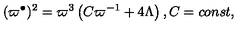
( \varpi ^ { \bullet } ) ^ { 2 } = \varpi ^ { 3 } \left( C \varpi ^ { - 1 } + 4 \Lambda \right) , C = c o n s t ,